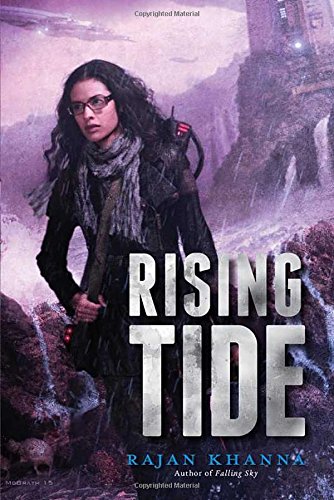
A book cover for Rising Tide; RAJAN KHANNA; Science Fiction & Fantasy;